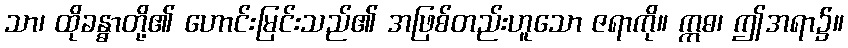
သာ၊ ထိုခန္ဓာတို့၏ ဟောင်းမြင်းသည်၏ အဖြစ်တည်းဟူသော ဇရာကို။ ဣဓ၊ ဤအရာ၌။